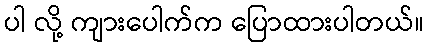
ပါ လို့ ကျားပေါက်က ပြောထားပါတယ်။